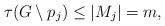
LaTeX: \begin{align*}\tau(G\setminus p_j)\leq |M_j|=m,\end{align*}